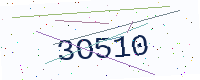
Text: 3O510